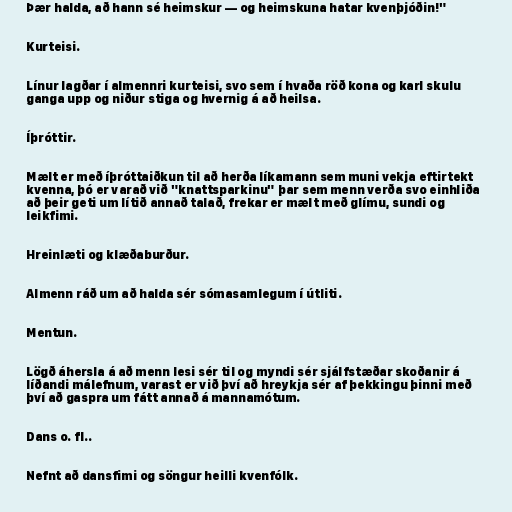
Þær halda, að hann sé heimskur — og heimskuna hatar kvenþjóðin!"

Kurteisi.

Línur lagðar í almennri kurteisi, svo sem í hvaða röð kona og karl skulu
ganga upp og niður stiga og hvernig á að heilsa.

Íþróttir.

Mælt er með íþróttaiðkun til að herða líkamann sem muni vekja eftirtekt
kvenna, þó er varað við "knattsparkinu" þar sem menn verða svo einhliða
að þeir geti um lítið annað talað, frekar er mælt með glímu, sundi og
leikfimi.

Hreinlæti og klæðaburður.

Almenn ráð um að halda sér sómasamlegum í útliti.

Mentun.

Lögð áhersla á að menn lesi sér til og myndi sér sjálfstæðar skoðanir á
líðandi málefnum, varast er við því að hreykja sér af þekkingu þinni með
því að gaspra um fátt annað á mannamótum.

Dans o. fl..

Nefnt að dansfimi og söngur heilli kvenfólk.